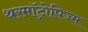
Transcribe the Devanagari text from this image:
थरमॉट्रोपिज्म